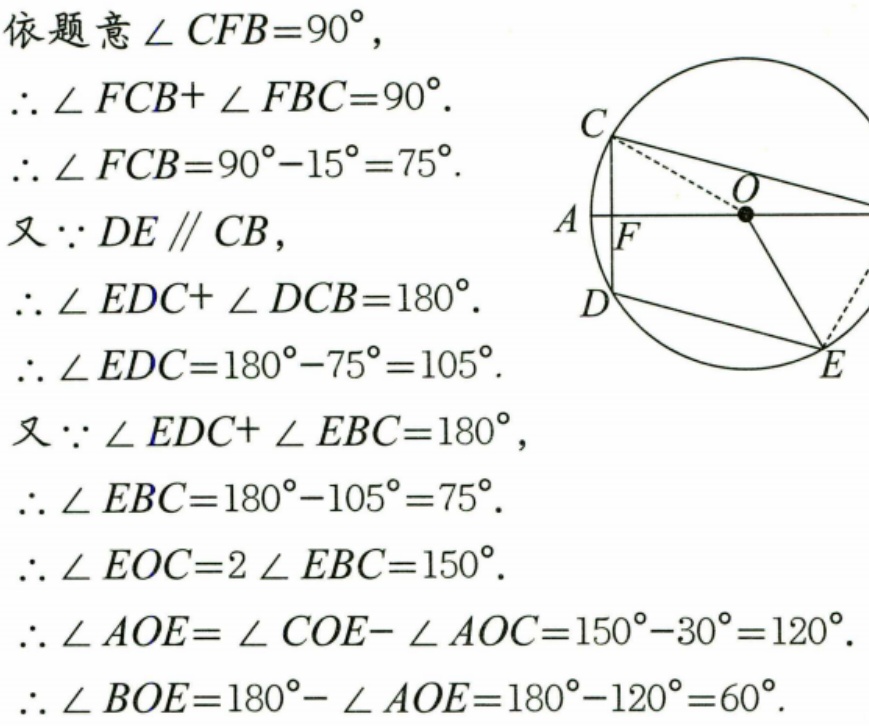
依题意\(\angle CFB = 90^{\circ}\)，
\(\therefore\angle FCB+\angle FBC = 90^{\circ}\).
\(\therefore\angle FCB=90^{\circ}-15^{\circ}=75^{\circ}\).
又\(\because DE\parallel CB\)，
\(\therefore\angle EDC+\angle DCB = 180^{\circ}\).
\(\therefore\angle EDC=180^{\circ}-75^{\circ}=105^{\circ}\).
又\(\because\angle EDC+\angle EBC = 180^{\circ}\)，
\(\therefore\angle EBC=180^{\circ}-105^{\circ}=75^{\circ}\).
\(\therefore\angle EOC = 2\angle EBC=150^{\circ}\).
\(\therefore\angle AOE=\angle COE-\angle AOC=150^{\circ}-30^{\circ}=120^{\circ}\).
\(\therefore\angle BOE=180^{\circ}-\angle AOE=180^{\circ}-120^{\circ}=60^{\circ}\).